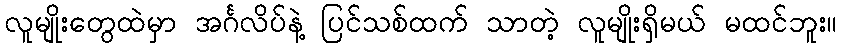
လူမျိုးတွေထဲမှာ အင်္ဂလိပ်နဲ့ ပြင်သစ်ထက် သာတဲ့ လူမျိုးရှိမယ် မထင်ဘူး။